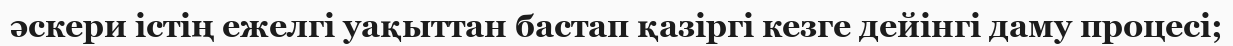
әскери істің ежелгі уақыттан бастап қазіргі кезге дейінгі даму процесі;